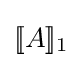
[\![A]\!]_{1}